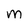
Character: m